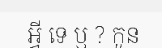
អ្វី ទេ ឬ ? កូន